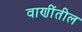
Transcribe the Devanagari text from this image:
वाणींतील